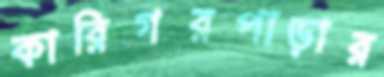
কারিগরপাড়ার